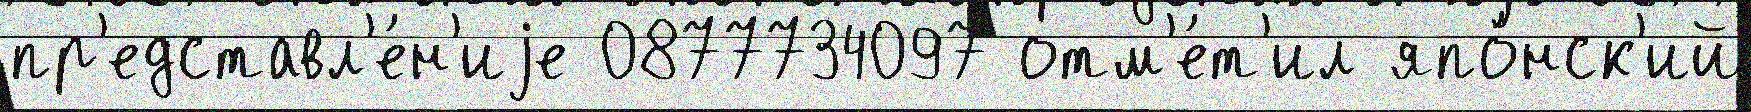
пр'едставл'е́н'иjе 0877734097 отм'е́т'ил япо́нск'ий